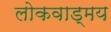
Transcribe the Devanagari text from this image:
लोकवाड्मय